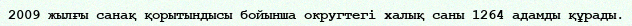
2009 жылғы санақ қорытындысы бойынша округтегі халық саны 1264 адамды құрады.